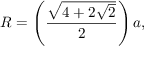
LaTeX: R = \left( { \frac { \sqrt { 4 + 2 { \sqrt { 2 } } } } { 2 } } \right) a ,